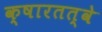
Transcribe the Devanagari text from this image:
क्षारतत्वे